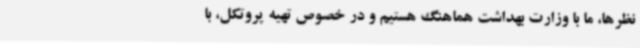
نظرها، ما با وزارت بهداشت هماهنگ هستیم و در خصوص تهیه پروتکل، با